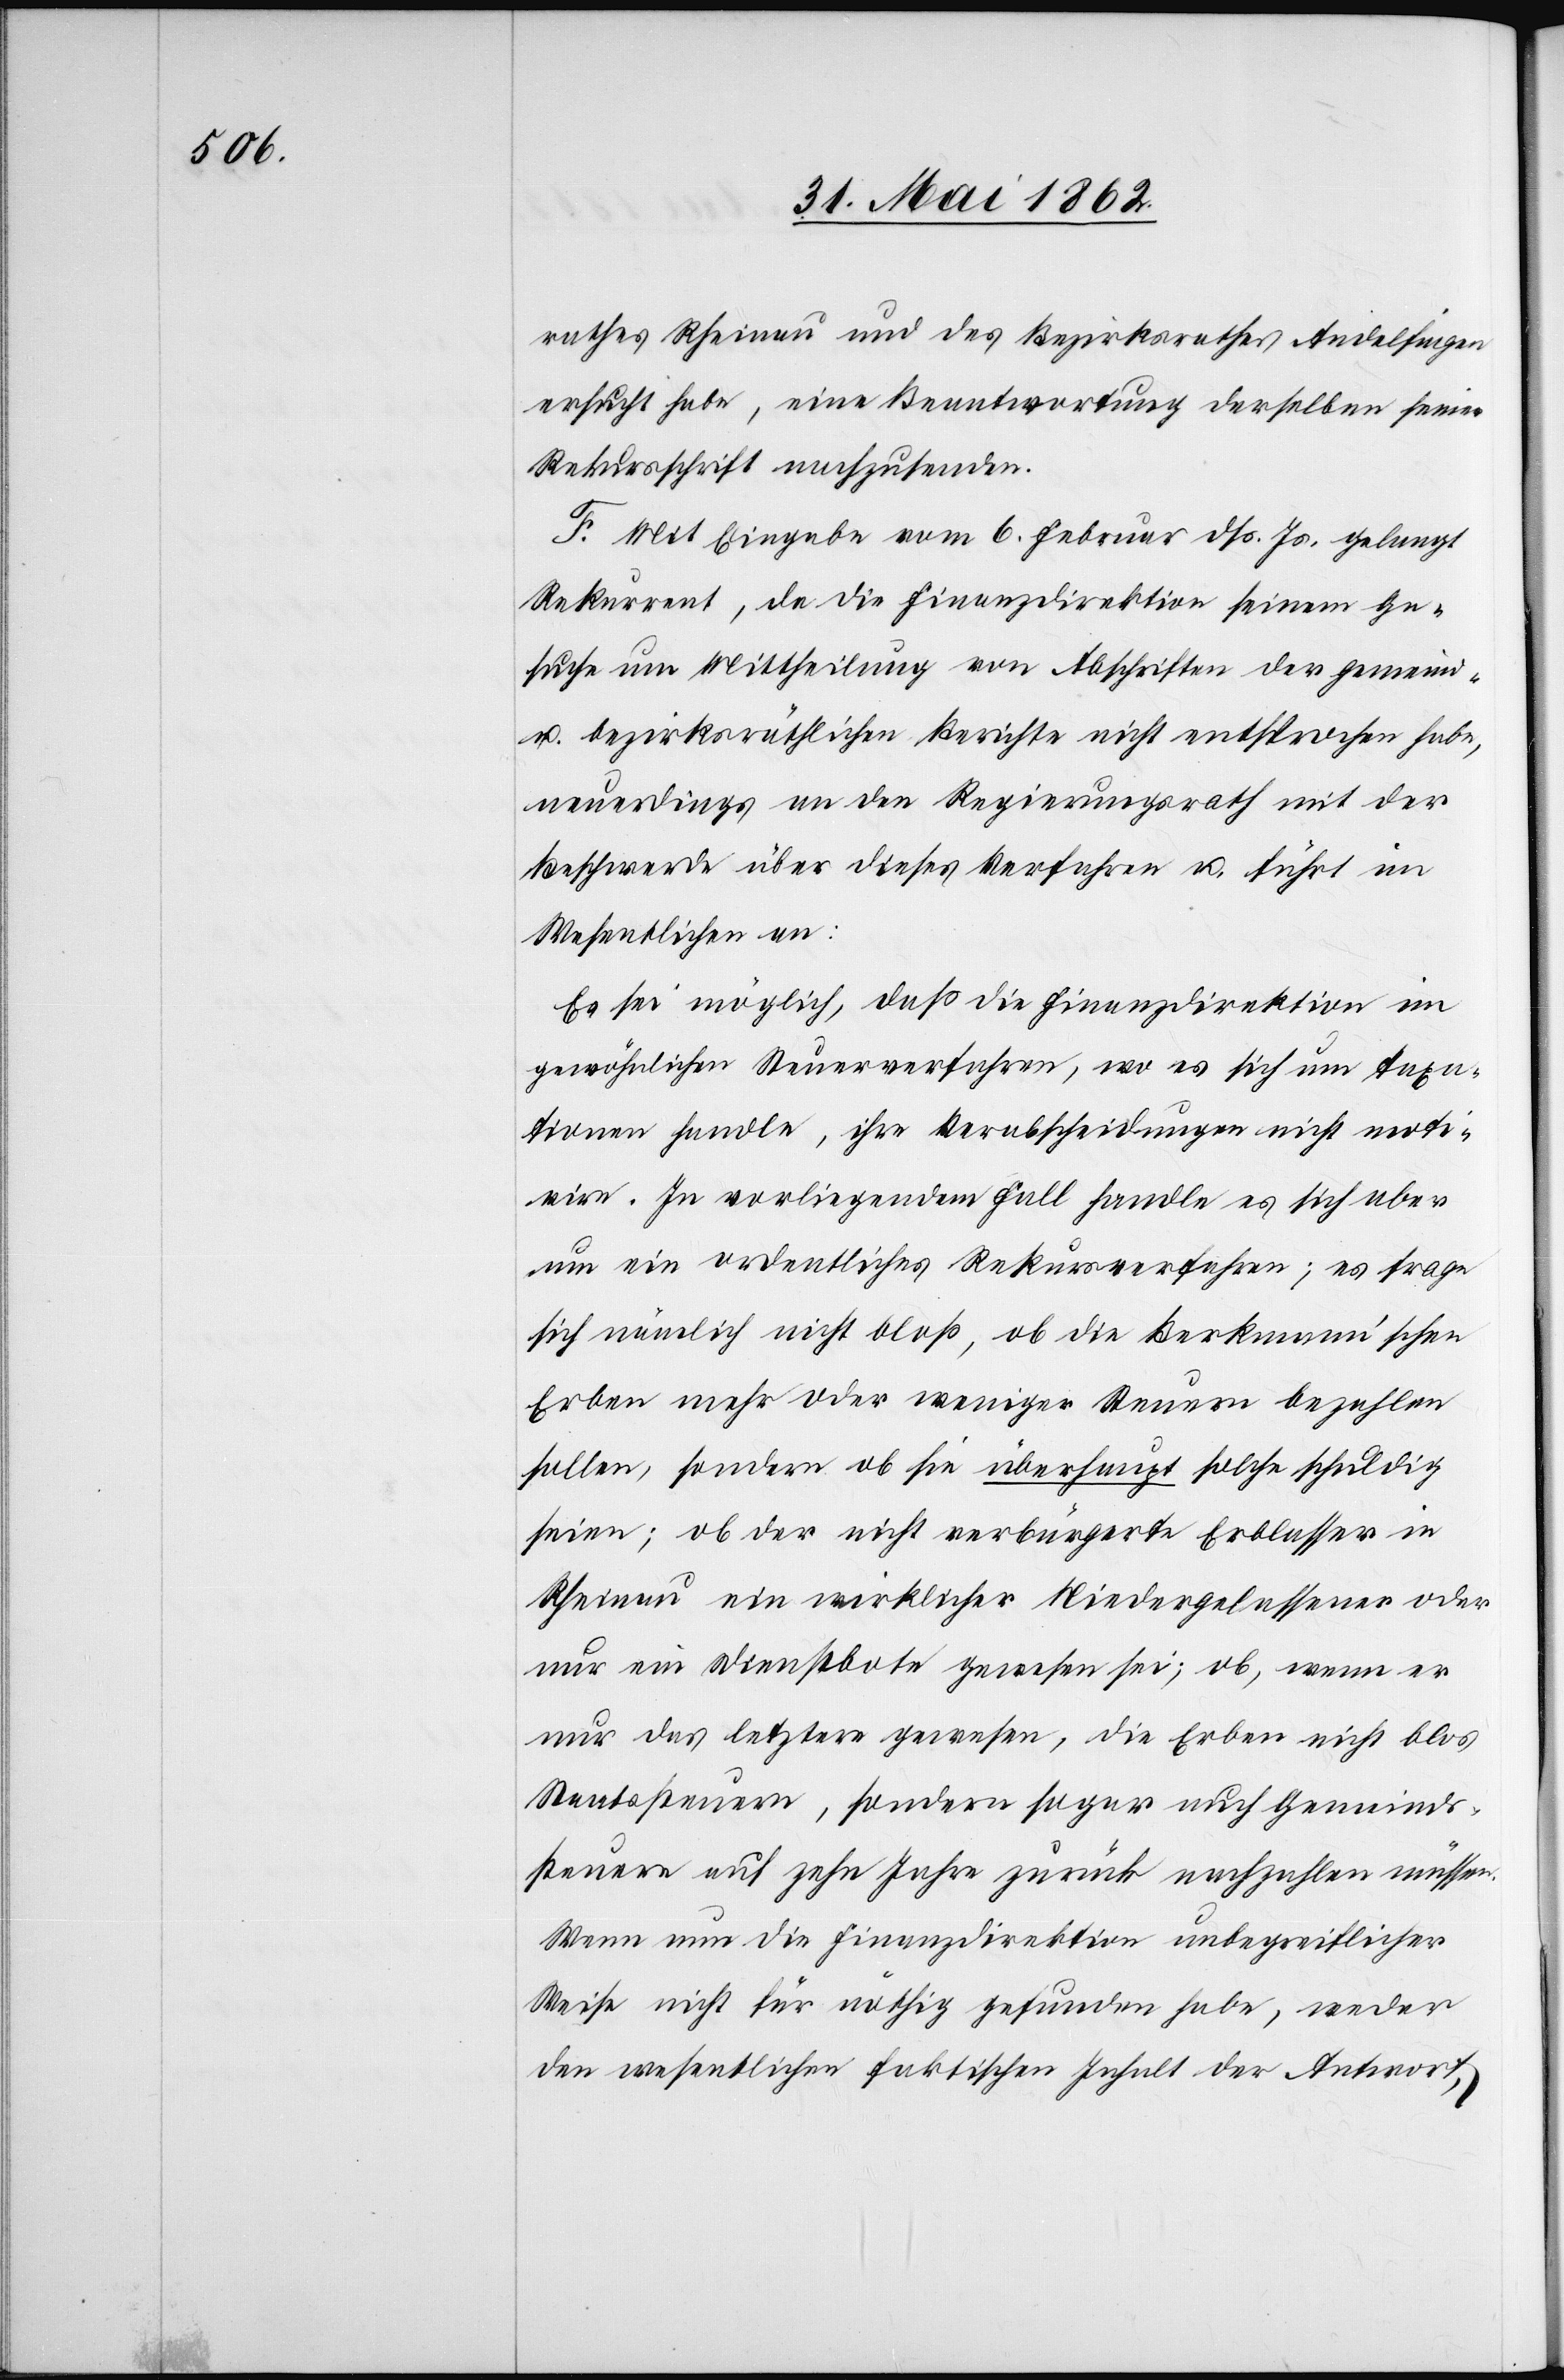
rathes Rheinau und des Bezirksrathes Andelfingen
ersucht habe, eine Beantwortung derselben seine
Rekursschrift nachzusenden.
F. Mit Eingabe vom 6. Februar dß. Js. gelangt
Rekurrent, da die Finanzdirektion seinem Ge¬
suche um Mittheilung von Abschriften der gemeind-
u. bezirksräthlichen Berichte nicht entsprochen habe,
neuerdings an den Regierungsrath mit der
Beschwerde über dieses Verfahren u. führt im
Wesentlichen an:
Es sei möglich, daß die Finanzdirektion im
gewöhnlichen Steuerverfahren, wo es sich um Taxa¬
tionen handle, ihre Verabschiedungen nicht moti¬
vire. In vorliegendem Fall handle es sich aber
um ein ordentliches Rekursverfahren; es frage
sich nämlich nicht bloß, ob die Berkmann’schen
Erben mehr oder weniger Steuern bezahlen
sollen, sondern ob sie überhaupt solche schuldig
seien; ob der nicht verbürgerte Erblasser in
Rheinau ein wirklicher Niedergelassener oder
nur ein Dienstbote gewesen sei; ob, wenn er
nur das letztere gewesen, die Erben nicht blos
Staatssteuern, sondern sogar auch Gemeinds¬
steuern auf zehn Jahre zurück nachzahlen müssen.
Wenn nun die Finanzdirektion unbegreiflicher
Weise nicht für nöthig gefunden habe, weder
den wesentlichen faktischen Inhalt der Antwort,